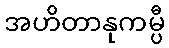
အဟိတာနုကမ္ပီ